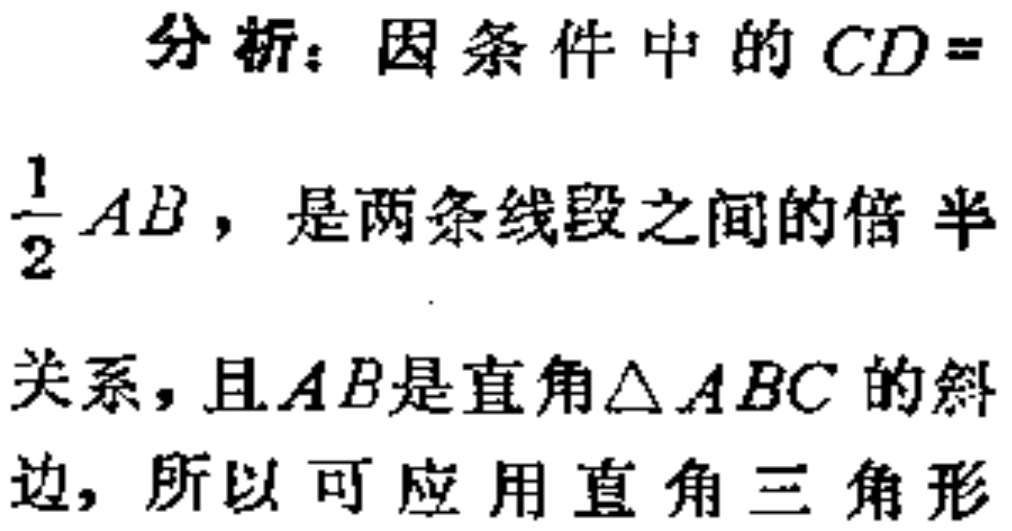
分析：因条件中的\(CD = \frac{1}{2}AB\)，是两条线段之间的倍半关系，且\(AB\)是直角\(\triangle ABC\)的斜边，所以可应用直角三角形